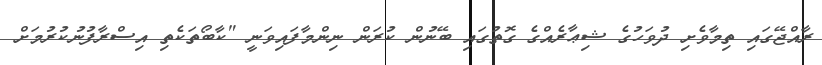
ރާއްޖޭގައި ތިމާވެށި ދުވަހުގެ ޝިޢާރެއްގެ ގޮތުގައި ބޭނުން ކުރަން ނިންމާފައިވަނީ "ކާބޯތަކެތި އިސްރާފުނުކުރުމަށް